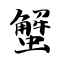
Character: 蟹